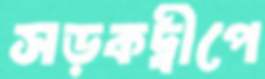
সড়কদ্বীপে